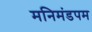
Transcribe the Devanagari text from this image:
मनिमंडपम